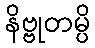
နိဗ္ဗုတမ္ပိ